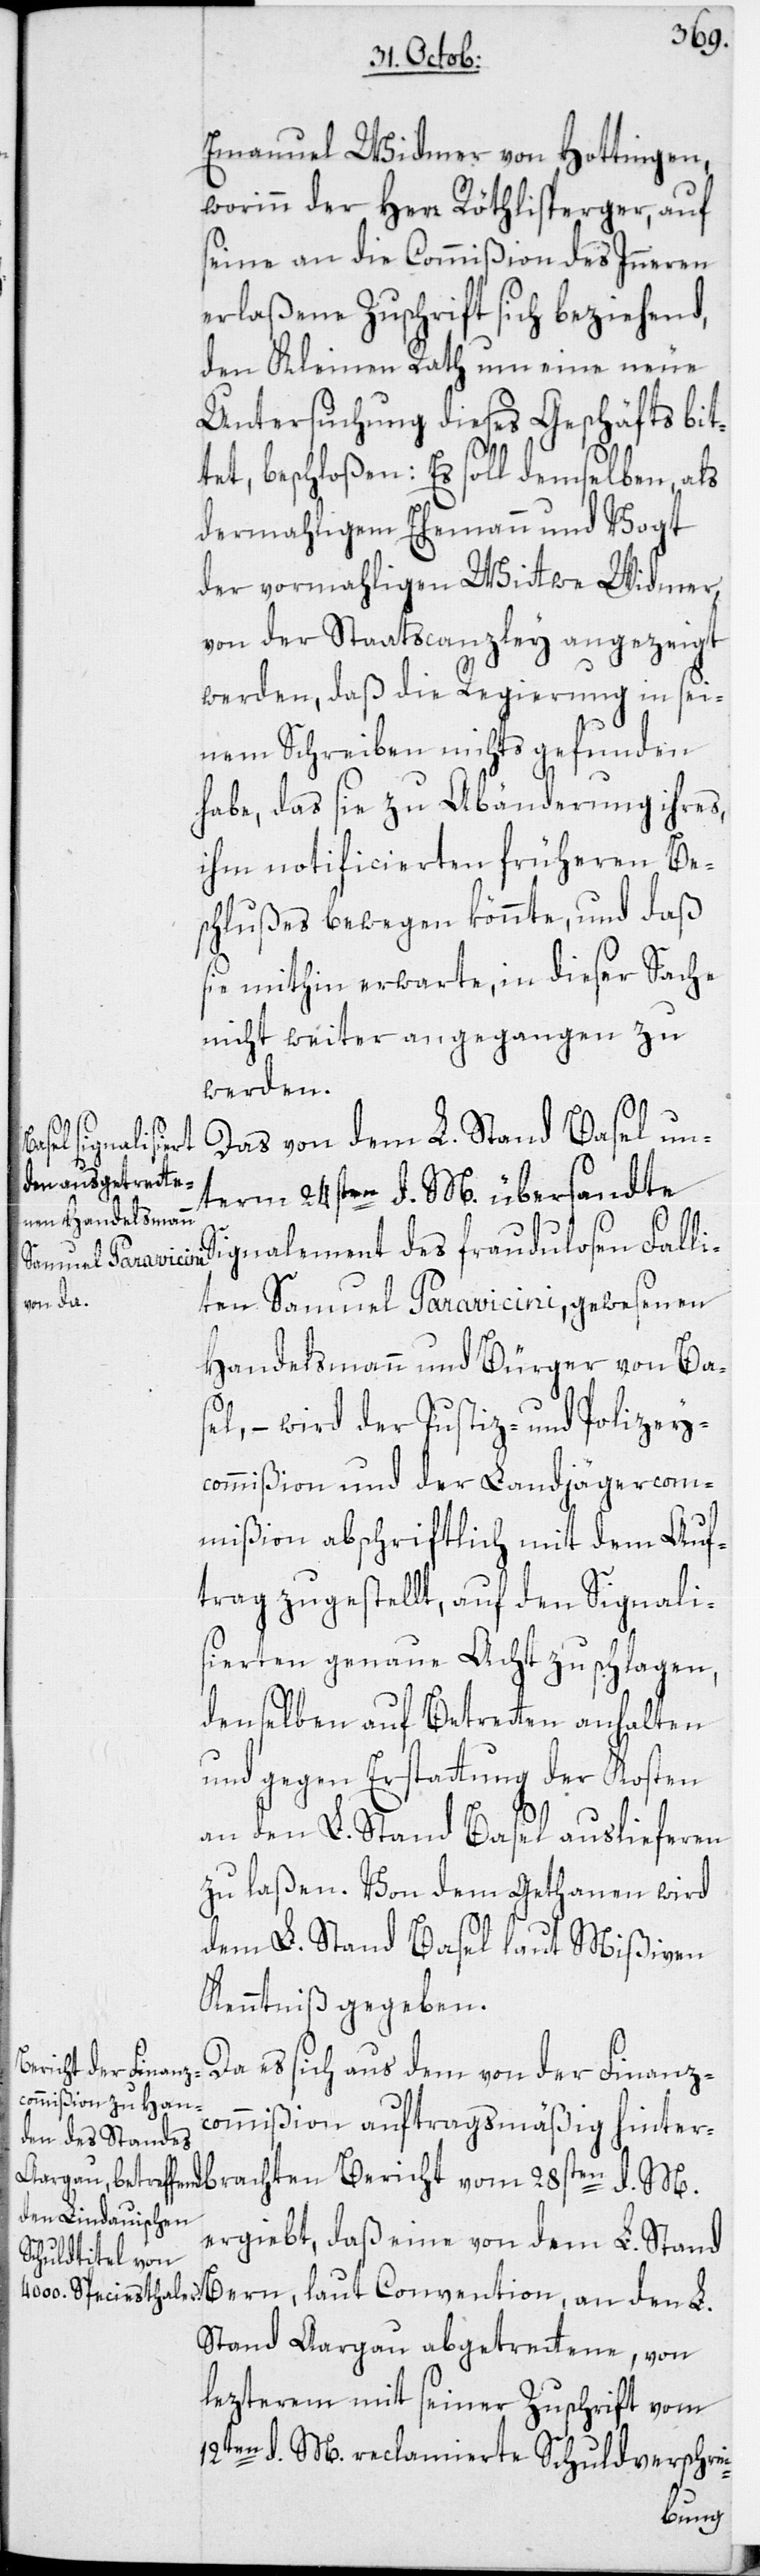
Emanuel Widmer von Hottingen,
worinn der Herr Röthlisperger, auf
seine an die Commißion des Inneren
erlaßene Zuschrift sich beziehend,
den Kleinen Rath um eine neue
Untersuchung dieses Geschäfts bit¬
tet, beschloßen: Es soll demselben, als
dermahligem Ehemann und Vogt
der vormahligen Wittwe Widmer,
von der Staatscanzley angezeigt
werden, daß die Regierung in sei¬
nem Schreiben nichts gefunden
habe, das sie zu Abänderung ihres,
ihm notificierten früheren Be¬
schlußes bewegen könnte, und daß
sie mithin erwarte, in dieser Sache
nicht weiter angegangen zu
werden.
Das von dem L. Stand Basel un¬
rachten Bericht
term 24sten d. M. übersandte
Signalement des fraudulosen Falli¬
ten Samuel Paravicini, gewesenen
Handelsmann und Bürger von Ba¬
sel, – wird der Justiz- und Polizey¬
commißion und der Landjägercom¬
mißion abschriftlich mit dem Auf¬
trag zugestellt, auf den Signali¬
sierten genaue Acht zu schlagen,
denselben auf Betretten anhalten
und gegen Erstattung der Kosten
an den L. Stand Basel auslieferen
zu laßen. Von dem Gethanen wird
dem L. Stand Basel laut Mißiven
Kenntniß gegeben.
Da es sich aus dem von der Finanz¬
commißion auftragsmäßig hinterb¬
ergiebt, daß eine von dem L. Stand
Bern, laut Convention, an den L.
Stand Aargau abgetrettene, von
lezterem mit seiner Zuschrift vom
12ten d.M. reclamierte Schuldverschrei-